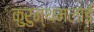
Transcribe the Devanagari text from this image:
कुरुन्थमलाई